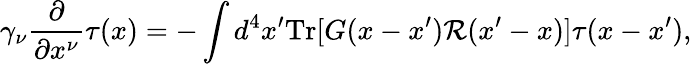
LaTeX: \gamma_{\nu}\frac{\partial}{\partial x^{\nu}}\tau(x)=-\int d^{4}x^{\prime}\mathrm{Tr}[G(x-x^{\prime}){\cal R}(x^{\prime}-x)]\tau(x-x^{\prime}),